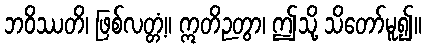
ဘဝိဿတိ၊ ဖြစ်လတ္တံ့။ ဣတိဉတွာ၊ ဤသို့ သိတော်မူ၍။